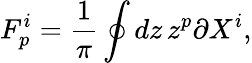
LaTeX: F_{p}^{i}={\frac{1}{\pi}}\oint dz\, z^{p}\partial X^{i},